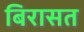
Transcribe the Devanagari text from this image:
बिरासत